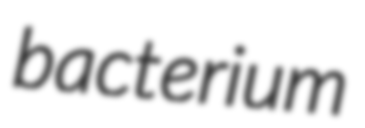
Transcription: bacterium